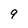
Character: 9